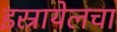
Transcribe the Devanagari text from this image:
इस्रायेलचा